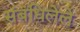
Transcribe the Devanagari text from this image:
संबंधिलेले